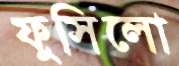
ফুসিলো